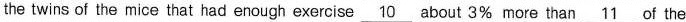
the twins of the mice that had enough exercise \underline{10} about 3% more than \underline{11} of the